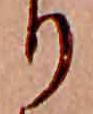
り